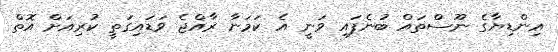
އިންޑިޔާގެ ނޫސްތައް ބުނެފައި ވަނީ އެ ކަމަނާ ރާއްޖެ ވަޑައިގަތީ ކުރިއަށް އޮތް